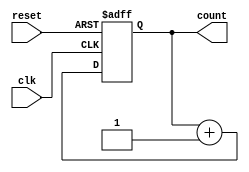
module NBitAsyncCounter #(parameter N = 4) (
    input wire clk,               // Clock input
    input wire reset,             // Asynchronous reset
    output reg [N-1:0] count      // N-bit output count
);

// Always block triggered by clock and reset
always @(posedge clk or posedge reset) begin
    if (reset) begin
        count <= 0; // Asynchronous reset
    end else begin
        // Counting mechanism
        count <= count + 1; // Increment the count
    end
end

endmodule